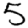
Digit: 5